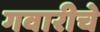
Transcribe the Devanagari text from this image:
गवारीचे